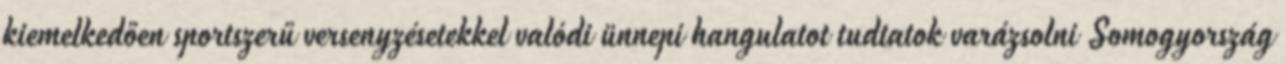
kiemelkedően sportszerű versenyzésetekkel valódi ünnepi hangulatot tudtatok varázsolni Somogyország